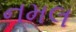
નમલ